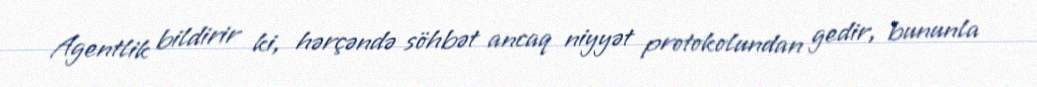
Agentlik bildirir ki, hərçəndə söhbət ancaq niyyət protokolundan gedir, bununla